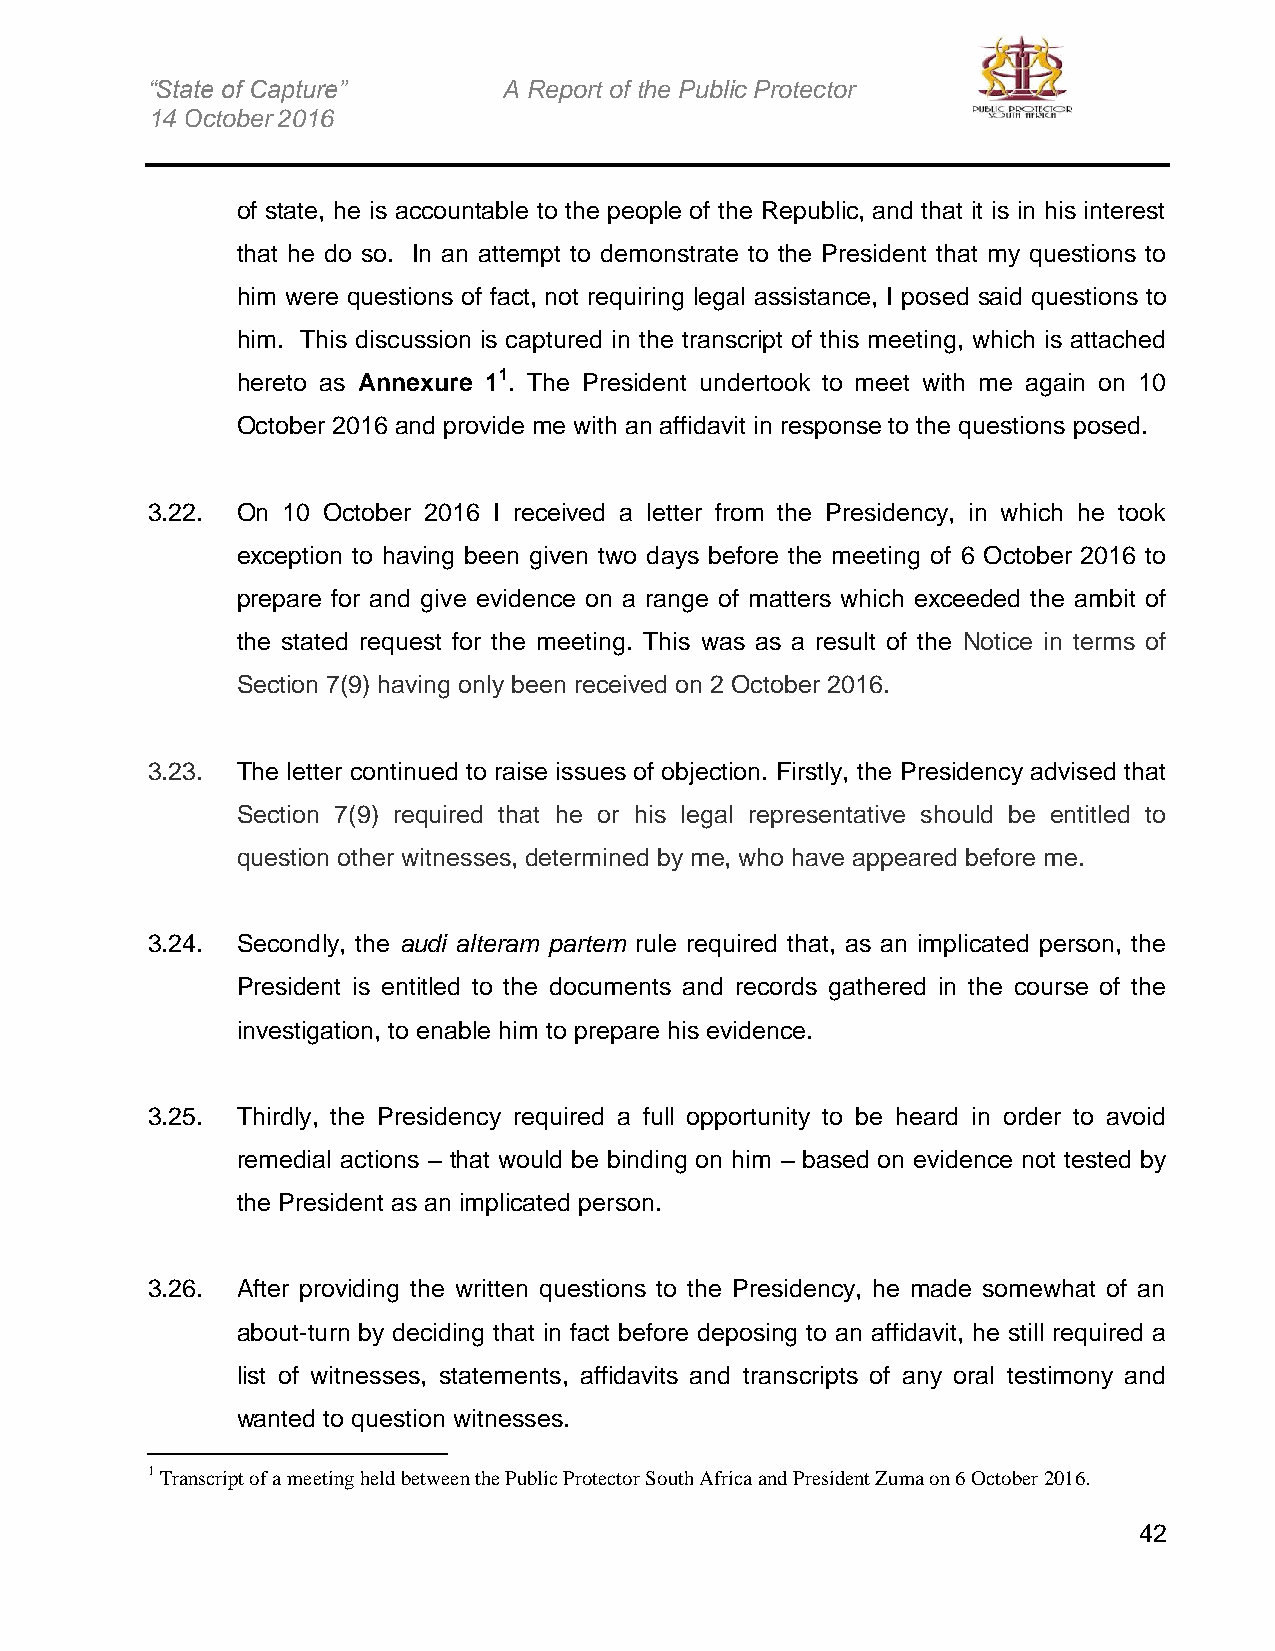
“State of Capture”     A Report of the Public Protector
 14 October 2016
 of state, he is accountable to the people of the Republic, and that it is in his interest
 that he do so. In an attempt to demonstrate to the President that my questions to
 him were questions of fact, not requiring legal assistance, I posed said questions to
 him. This discussion is captured in the transcript of this meeting, which is attached
 hereto as Annexure 11. The President undertook to meet with me again on 10
 October 2016 and provide me with an affidavit in response to the questions posed.
 3.22. On 10 October 2016 I received a letter from the Presidency, in which he took
 exception to having been given two days before the meeting of 6 October 2016 to
 prepare for and give evidence on a range of matters which exceeded the ambit of
 the stated request for the meeting. This was as a result of the Notice in terms of
 Section 7(9) having only been received on 2 October 2016.
 3.23. The letter continued to raise issues of objection. Firstly, the Presidency advised that
 Section 7(9) required that he or his legal representative should be entitled to
 question other witnesses, determined by me, who have appeared before me.
 3.24. Secondly, the audi alteram partem rule required that, as an implicated person, the
 President is entitled to the documents and records gathered in the course of the
 investigation, to enable him to prepare his evidence.
 3.25. Thirdly, the Presidency required a full opportunity to be heard in order to avoid
 remedial actions – that would be binding on him – based on evidence not tested by
 the President as an implicated person.
 3.26. After providing the written questions to the Presidency, he made somewhat of an
 about-turn by deciding that in fact before deposing to an affidavit, he still required a
 list of witnesses, statements, affidavits and transcripts of any oral testimony and
 wanted to question witnesses.
 1 Transcript of a meeting held between the Public Protector South Africa and President Zuma on 6 October 2016.
 42